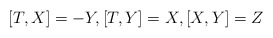
\begin{align*}[T,X]=-Y,[T,Y]=X,[X,Y]=Z\end{align*}